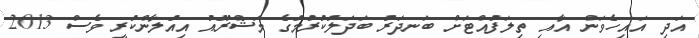
އަދި އައިހެވަން އާއި ތިލަފުއްޓަށް ބަނދަރު ބަދަލުކުރުމުގެ މަޝްރޫއު އިއުލާންކުރީ ވެސް 2013